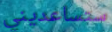
ستساعديني